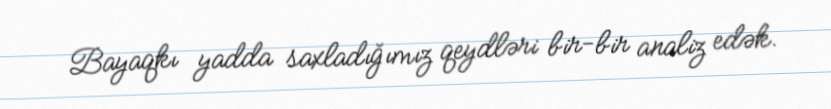
Bayaqkı yadda saxladığımız qeydləri bir-bir analiz edək.